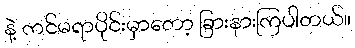
နဲ့ ကင်မရာပိုင်းမှာတော့ ခြားနားကြပါတယ်။